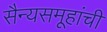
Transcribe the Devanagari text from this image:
सैन्यसमूहांची